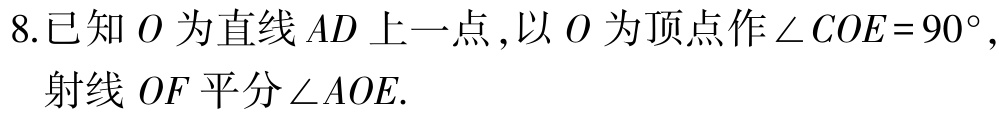
8.已知 \(O\) 为直线 \(AD\) 上一点，以 \(O\) 为顶点作 \(\angle COE = 90^{\circ}\)，射线 \(OF\) 平分 \(\angle AOE\).